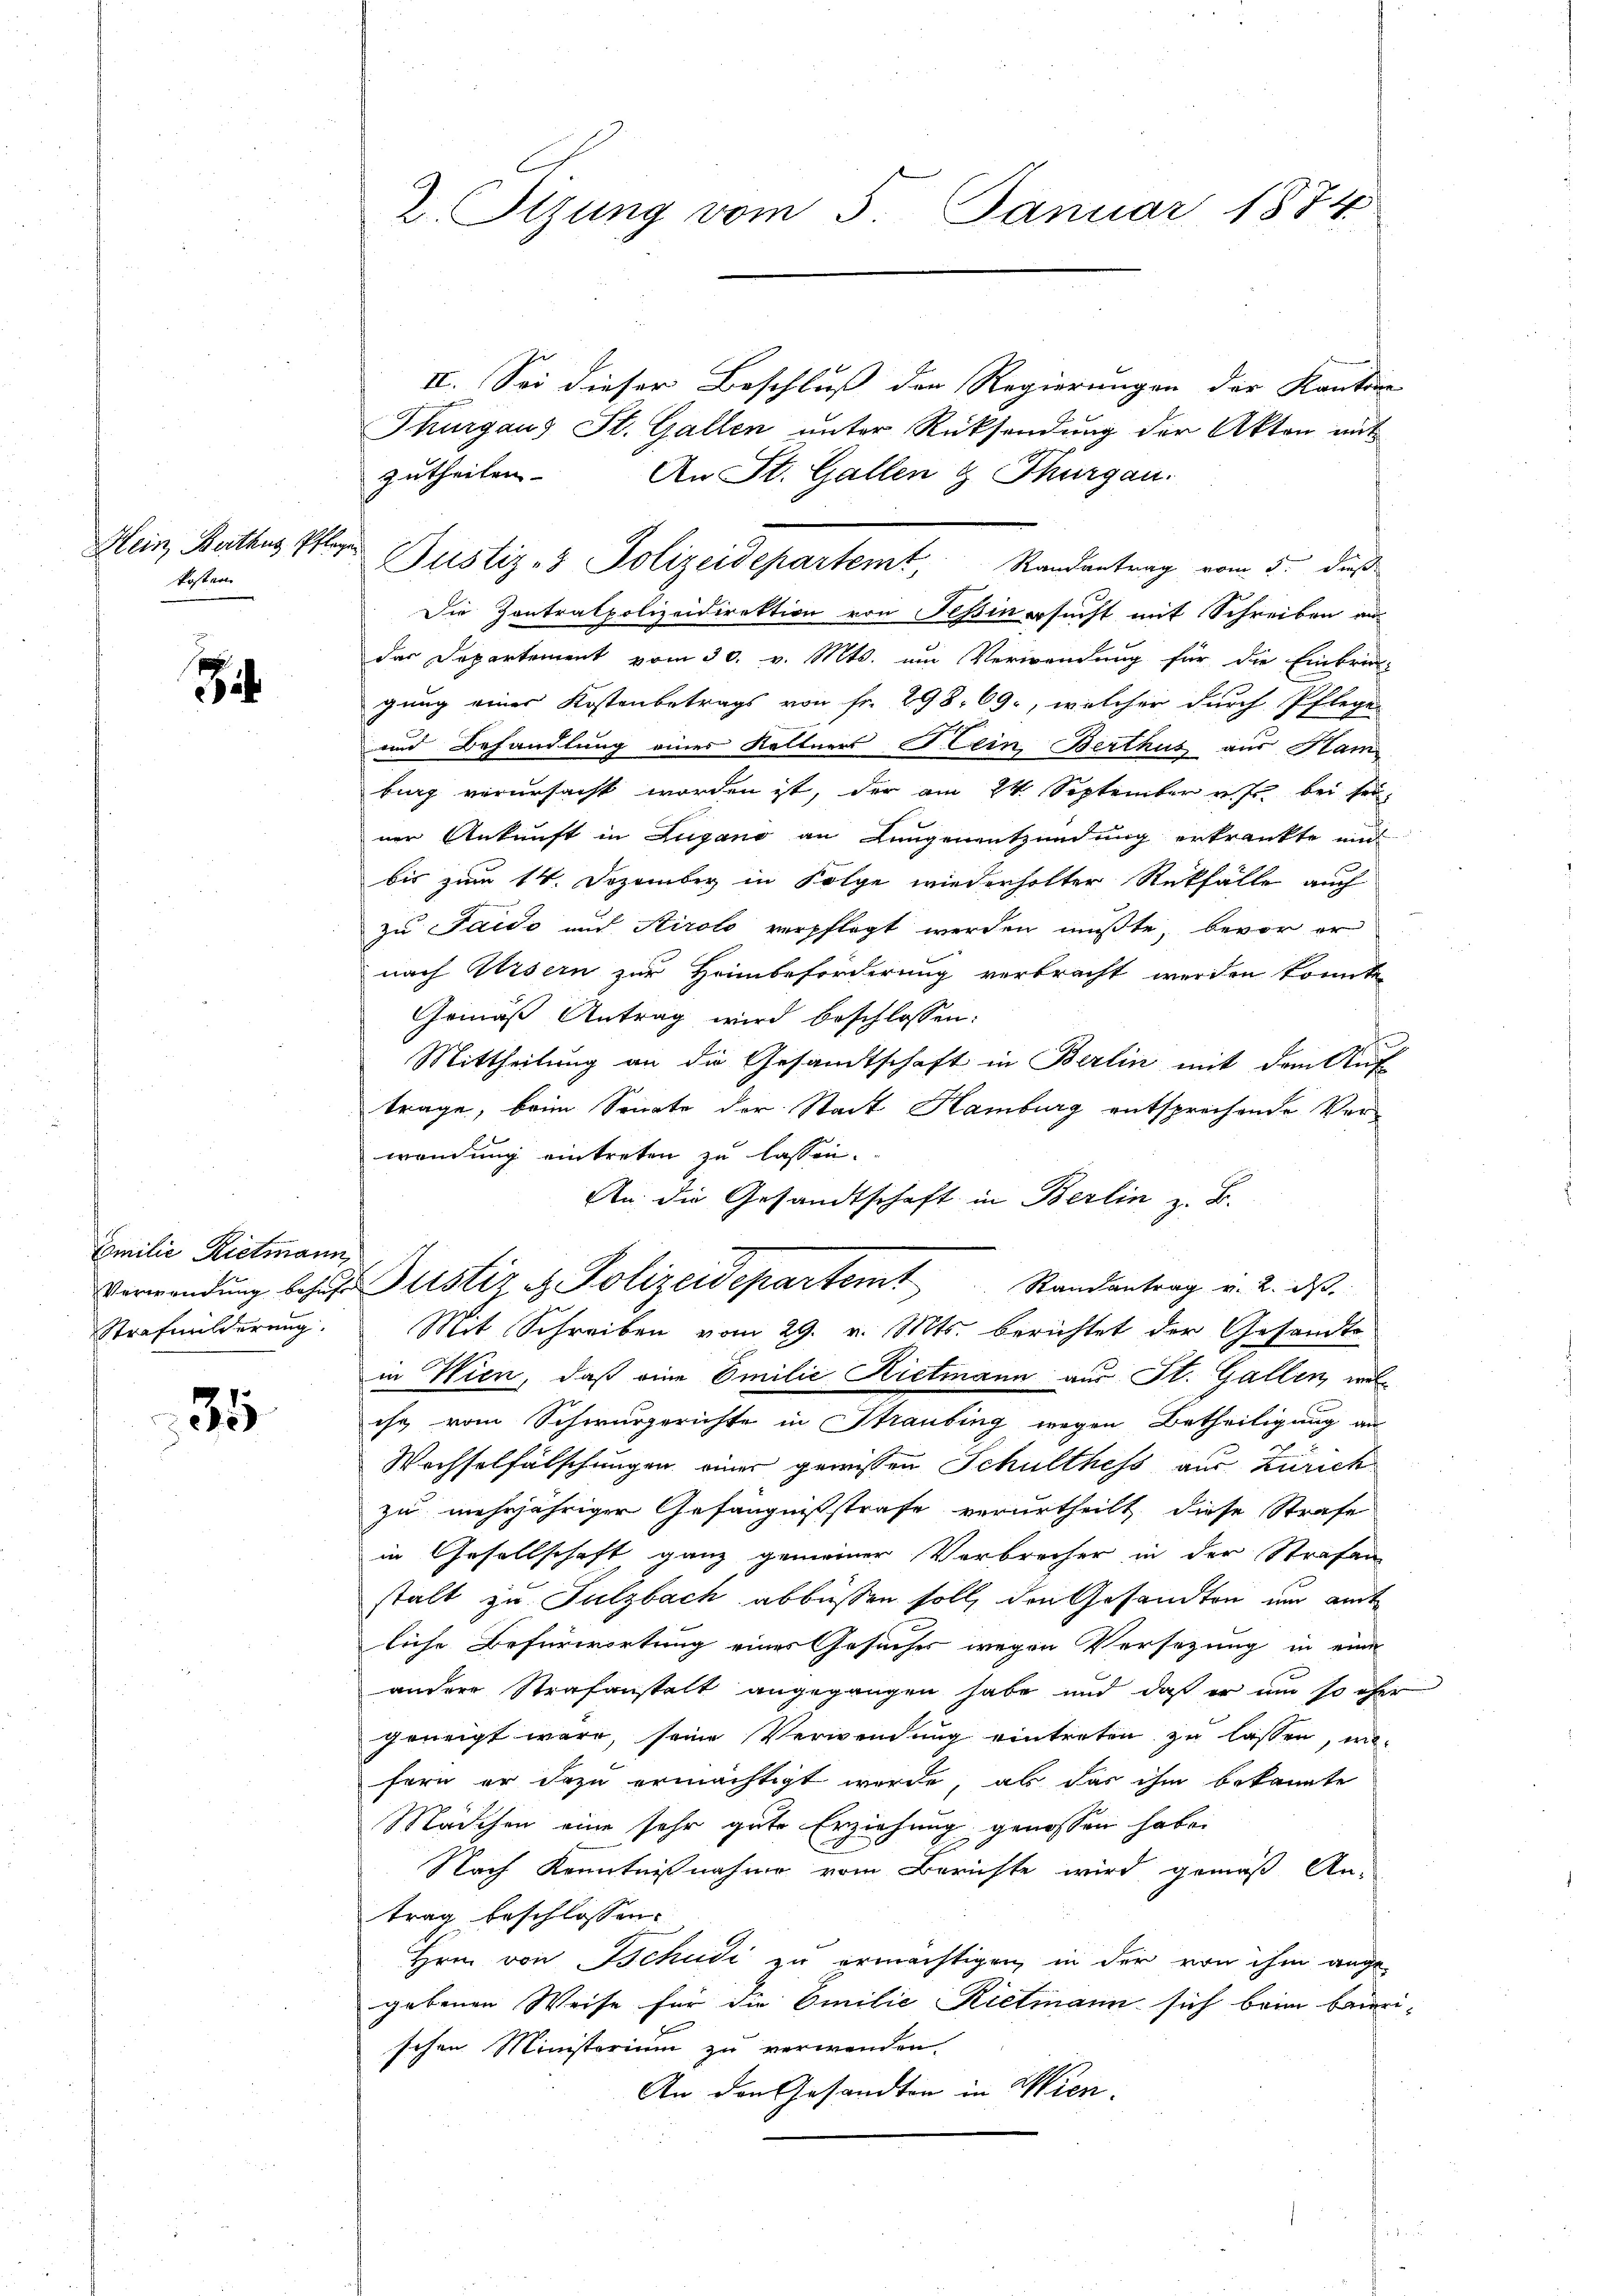
Hein, Berthus, Pflege
kosten

S

Emilie Rietmann,
Strafmilderung.

35

2. Tizung vom 5. Januar 1874

II. Sei dieser Beschluß der Regierungen der Kanton
Thurgaus St. Gallen unter Rücksendung der Akten mit
zutheilen. An St. Gallen & Thurgau.
Die Contralpolizeidirektion von Teßin ersucht mit Schreiben au
das Departement vom 30. v. Mts. um Verwendung für die Einbruck-
gung einer Kostenbetrags von fr. 298, 69, welcher durch Pflege-
und Behandlung einer Keltners Hein Berthut aus Ham
burg verursacht worden ist, der am 24. September v. Js. bei seiner Ankunft in Lugano an Lungenentzündung erkränkte und
bis zum 14. Dezember in Folge wiederholter Rückfalle auch
zu Saido auch Airolo verpflegt werden müßte, bevor er
nach Ursern zur Heimbeforderung verbracht werden konnte,
Gemäß Antrag wird beschlossen:
Mittheilung an die Gesandtschaft in Berlin mit dem Auf-
trage, beim Sonnte der Stadt Hamburg entsprechende Ver-
wendung eintreten zu lassen.
An die Gesandtschaft in Berlin z. B.
Verwendŭng behufe Justiz & Polizeidepartem Randantrag v. 2. ds.
Mit Schreiben vom 29. v. Mts. berichtet der Gesandts
in Wien, daß eine Emilie Hietmann aus St. Gallen, welihn vom Schwurgerichte in Straubing wegen Betheiligung an
Wechselfälschungen einer gewissen Schulthess aus Zürich
zu mehrjähriger Gefängnißstrafe verurtheilt diese Strafe
in Gesellschaft ganz gemeiner Verbrecher in der Strafen
stalt zu Sulzbach abbüssen soll, den Gesandten und amt
liche Befürwortung eines Gesucher wegen Versetzung in eine
andere Strafanstalt angegangen habe und daß er um so eher
geneigt wäre, seine Verwendung eintreten zu lassen, mifern er dazu ermächtigt werde, ab das ihm bekannte
Mädchen eine sehr gute Erziehung genossen habe.
Nach Kenntnißnahme vom Berichte wird gemäß An-
trag beschlossen:
Hrnn von Schudi zu ermächtigen, in der von ihm ange-
gebenen Weise für die Emilie Rietmann sich beim Baurischen Ministerium zu verwenden.
An den Gesandten in Wien.

Justiz- & Polizeidepartemt, Randantrag vom 5. dieß